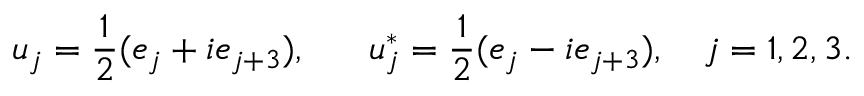
u _ { j } = \frac { 1 } { 2 } ( e _ { j } + i e _ { j + 3 } ) , ~ ~ ~ ~ ~ u _ { j } ^ { * } = \frac { 1 } { 2 } ( e _ { j } - i e _ { j + 3 } ) , ~ ~ ~ j = 1 , 2 , 3 .